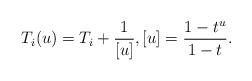
LaTeX: \begin{align*}T_i(u) = T_i +\frac{1}{[u]}, [u]= \frac{1- t^{u}}{1-t}. \end{align*}